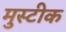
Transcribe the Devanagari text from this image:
मुस्टीक